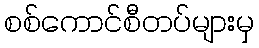
စစ်ကောင်စီတပ်များမှ